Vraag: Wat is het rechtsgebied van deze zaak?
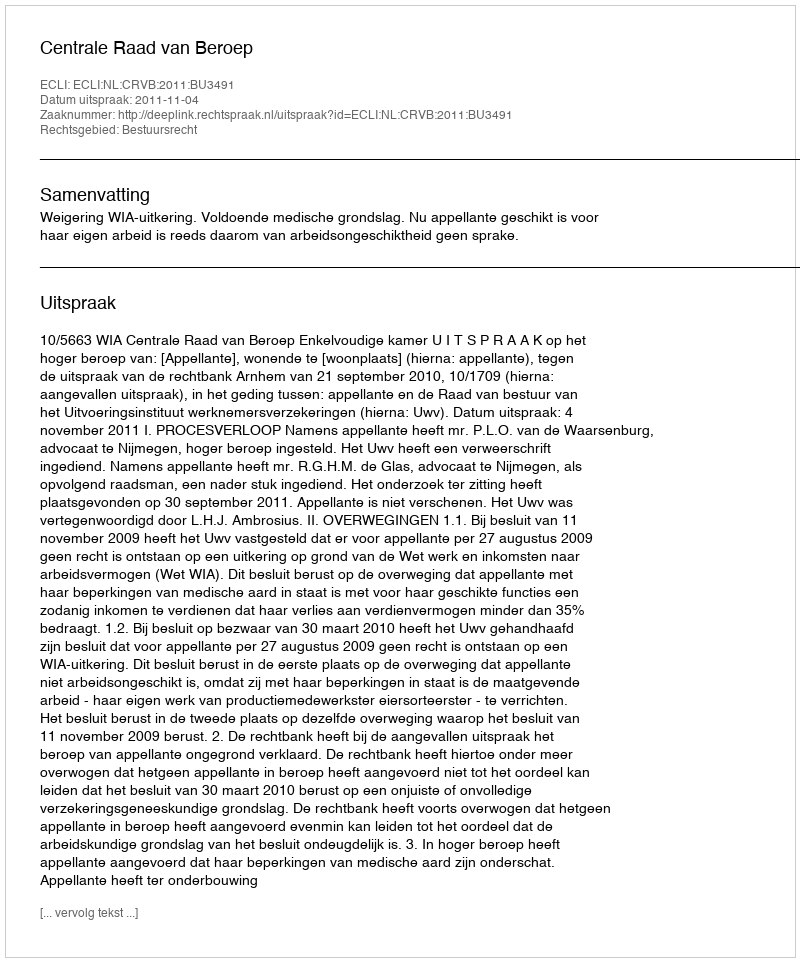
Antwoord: Bestuursrecht